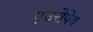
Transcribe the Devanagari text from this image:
एउरोपेय